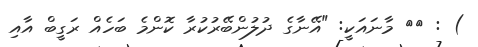
) : ١٨ މާނައަކީ: "އޭނާގެ ދުލުންބޭރުކުރާ ކޮންމެ ބަހެއް ރަގީބް އާއި